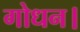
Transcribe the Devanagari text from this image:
गोधन।